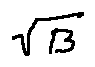
\sqrt { B }